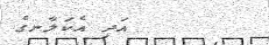
އަދި އެކަލާނގެ